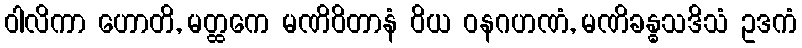
ဝါလိကာ ဟောတိ, မတ္ထကေ မဏိဝိတာနံ ဝိယ ဝနဂဟဏံ, မဏိခန္ဓသဒိသံ ဥဒကံ